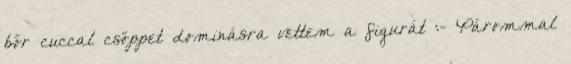
bőr cuccal csöppet dominásra vettem a figurát :- Párommal